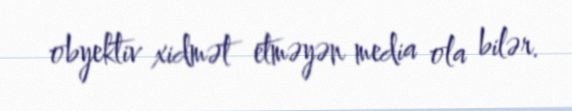
obyektiv xidmət etməyən media ola bilər.